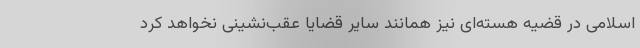
اسلامی در قضیه هسته‌ای نیز همانند سایر قضایا عقب‌نشینی نخواهد کرد